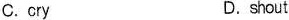
C.cry D.shout